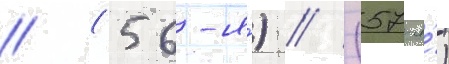
// (56-я́) // (57-я́)